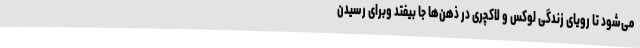
می‌شود تا رویای زندگی لوکس و لاکچری در ذهن‌ها جا بیفتد وبرای رسیدن